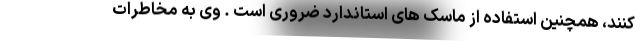
کنند، همچنین استفاده از ماسک های استاندارد ضروری است . وی به مخاطرات